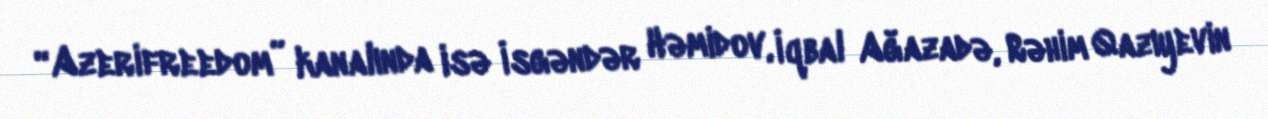
“Azerifreedom” kanalında isə İsgəndər Həmidov, İqbal Ağazadə, Rəhim Qazıyevin